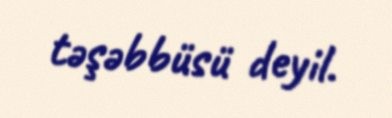
təşəbbüsü deyil.